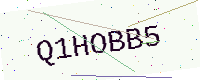
Text: Q1HOBB5